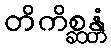
တိကိစ္ဆန္တံ